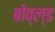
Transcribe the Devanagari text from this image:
बोव्ल्ड